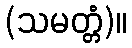
(သမတ္တံ)။